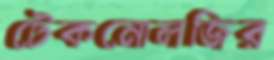
টেকনোলজির